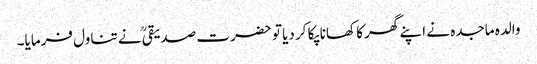
والدہ ماجدہ نے اپنے گھر کا کھانا پکا کر دیا تو حضرت صدیقیؒ نے تناول فرمایا۔